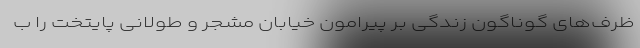
ظرف‌های گوناگون زندگی بر پیرامون خیابان مشجر و طولانی پایتخت را ب